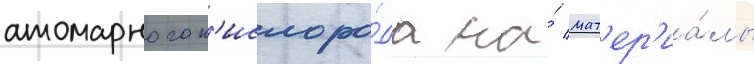
атомарного к'ислоро́да на́ мат'ер'иа́лы